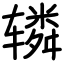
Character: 辚